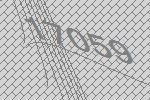
17059